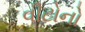
વીટોનો